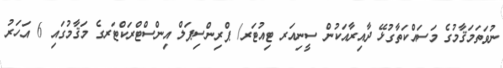
ނުވަތަމަޤާމުގެ މަސައްކަތާގުޅޭ ދާއިރާއަކުން ސީނިއަރ ޓިއުޓަރ/ ޕްރިންސިޕަލް އިންސްޓްރަކްޓަރގެ މަޤާމުގައި 6 އަހަރު